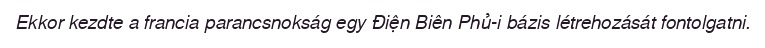
Ekkor kezdte a francia parancsnokság egy Điện Biên Phủ-i bázis létrehozását fontolgatni.